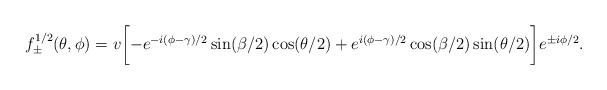
LaTeX: \begin{align*}f_{\pm}^{1/2} (\theta, \phi) = v \biggl[ -e^{-i (\phi-\gamma)/2} \sin (\beta/2) \cos ( \theta/2 ) + e^{i (\phi-\gamma)/2} \cos (\beta/2) \sin ( \theta/2 ) \biggr] e^{\pm i \phi/2}. \end{align*}